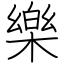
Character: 樂